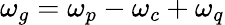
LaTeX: \omega_{g}=\omega_{p}-\omega_{c}+\omega_{q}